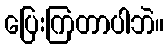
ပြေးကြတာပါဘဲ။